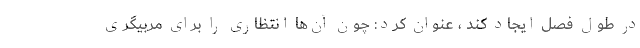
در طول فصل ایجاد کند ، عنوان کرد: چون آن‌ها انتظاری را برای مربیگری